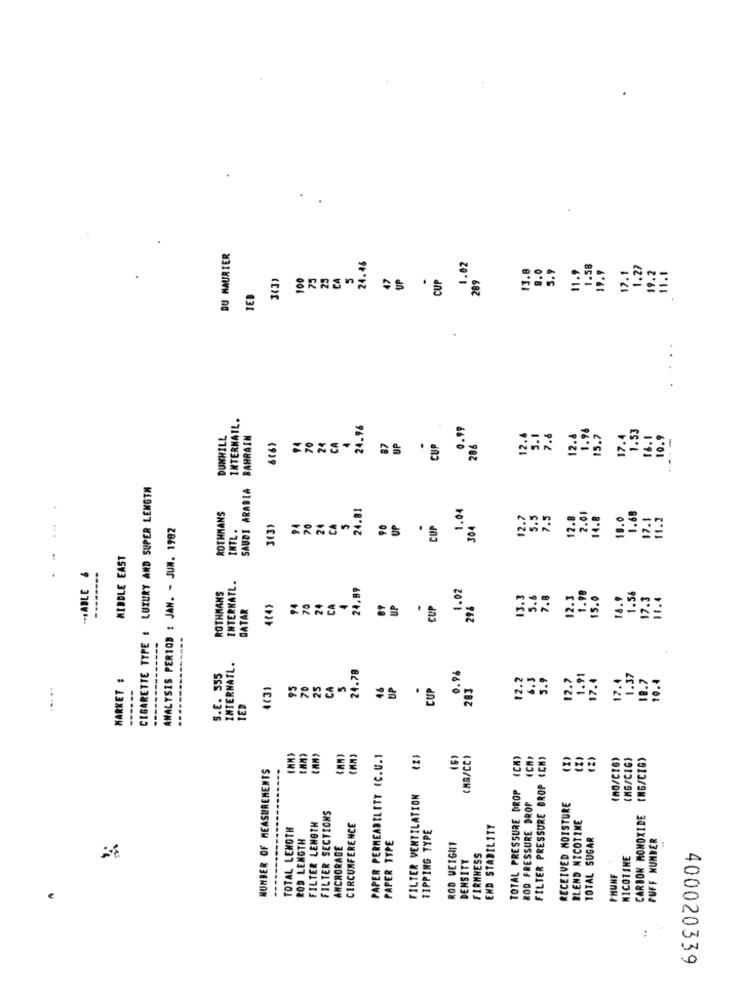
DU MAURIER
24.45
1.02
13.8
8.0
5.9
11.9
1.58
19.9
17.1
1.27
19.2
11.1
3(3)
100
75
25
CA
47
UP
CUP
289
TED
INTERNATL.
24.96
0.99
1.96
1.53
DUNHILL
BAHRAIN
94
70
24
CA
UP
.
12.6
5.1
7.6
12.8
15.7
17.4
16.1
10.9
6(6)
87
CUP
206
CIGARETTE TYPE : LUXURY AND SUPER LENGTH
SAUDI ARABIA
24.81
1.04
...
ROTHMANS
2.7
5.5
7.5
12.8
2.01
14.8
10.0
1.68
17.1
11.3
ANALYSIS PERIOD : JAN. - JUN. 1902
3(3)
94
20
24
CA
5
90
UP
CUP
304
INTL.
.
MIDDLE EAST
1
-- JABLE &
ROTHMANS
INTERNATL.
24.89
1.02
13.3
5.6
7.8
12.3
1.90
15.0
18.9
1.56
17.3
11.4
DATAR
4(4)
94
70
CA
89
UP
-
CUP
INTERNATL.
24.78
0.96
MARKET :
S.E. 555
12.2
6.3
3.9
12.7
1.91
17.4
1.37
18.7
10.4
------
93
70
25
CA
S
46
UP
CUP
283
17.4
----
IED
PAPER PERMEABILITY (C.U.1
(MB/CC)
(CA)
FILTER PRESSURE DROP (CH)
(D)
(NO/CIG)
(MG/CIG)
CARBON MONOXIDE [MG/CIO)
NUMBER OF MEASUREMENTS
TOTAL PRESSURE DROP
FILTER VENTILATION
ROD PRESSURE DROP
RECEIVED MOISTURE
FILTER SECTIONS
BLEND NICOTINE
TOTAL LENGTH
FILTER LENGTH
CIRCUMFERENCE
END STABILITY
ROD LENGTH
PAPER TYPE
TIPPING TYPE
TOTAL SUGAR
PUFF NUMBER
ANCHORAGE
ROD WEIGHT
DENSITY
FIRMNESS
NICOTINE
PHUNF
:
400020339